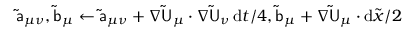
\mathsf { \tilde { a } } _ { \mu \nu } , \mathsf { \tilde { b } } _ { \mu } \gets \mathsf { \tilde { a } } _ { \mu \nu } + \nabla \mathsf { \tilde { U } } _ { \mu } \cdot \nabla \mathsf { \tilde { U } } _ { \nu } \, \mathrm { d } t / 4 , \mathsf { \tilde { b } } _ { \mu } + \nabla \mathsf { \tilde { U } } _ { \mu } \cdot \mathrm { d } \tilde { { \boldsymbol { x } } } / 2